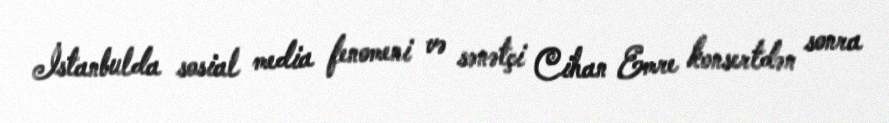
İstanbulda sosial media fenomeni və sənətçi Cihan Emre konsertdən sonra